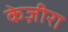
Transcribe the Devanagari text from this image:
केज़ीरा